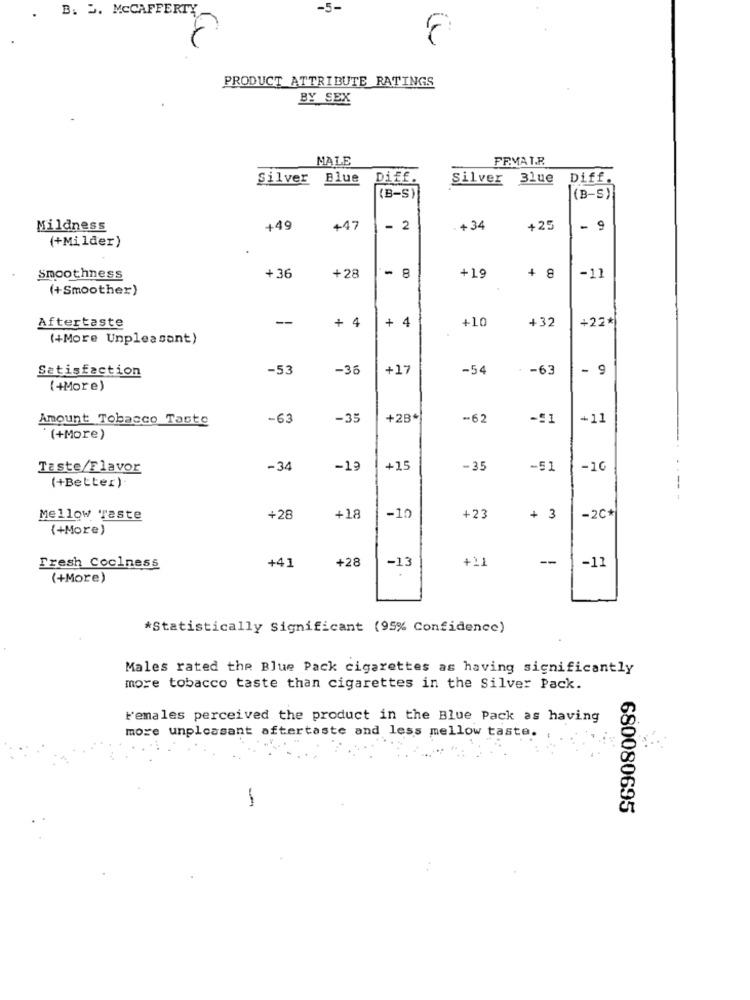
B. 2. MCCAFFERTY
-5-
8
PRODUCT ATTRIBUTE RATINGS
BY SEX
NALE
FFMAT.R.
Silver Blue
Diff.
Silver 3lue
Diff.
(B-S)
(B-S)
Mildness
+49
+47
- 2
+34
+25
- 9
(+Milder)
-
8
smoothness
+ 36
+28
+19
+ 8
-11
(+Smoother)
--
+ 4
+ 4
+10
+32
+22*
Aftertaste
(+More Unpleasant)
Satisfaction
-53
-36
+17
-54
: - 63
- 9
(+More)
Amount Tobacco Taste
-63
-35
+28+
-62
-51
+11
(+More)
Taste/Flavor
-34
-19
+15
-35
-51
-10
(+Better)
Mellow Taste
+28
+18
-10
+23
+ 3
-2C*
(+More)
+41
+28
+11
--
Fresh Coolness
-13
-11
(+More)
*Statistically Significant (95% Confidence)
Males rated the Blue Pack cigarettes as having significantly
more tobacco taste than cigarettes in the Silver Pack.
Females perceived the product in the Blue Pack as having
more unpleasant aftertaste and less mellow taste.
-
680080695